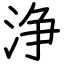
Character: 浄